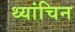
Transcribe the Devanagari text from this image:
थ्यांचिन